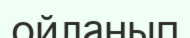
ойланып